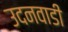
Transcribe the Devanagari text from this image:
उदनवाडी